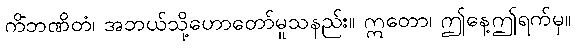
ကိံဘဏိတံ၊ အဘယ်သို့ဟောတော်မူသနည်း။ ဣတော၊ ဤနေ့ဤရက်မှ။